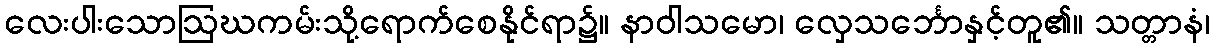
လေးပါးသောဩဃကမ်းသို့ရောက်စေနိုင်ရာ၌။ နာဝါသမော၊ လှေသင်္ဘောနှင့်တူ၏။ သတ္တာနံ၊